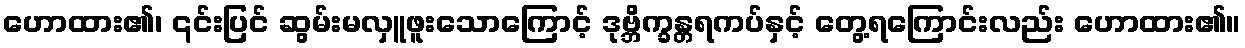
ဟောထား၏၊ ၎င်းပြင် ဆွမ်းမလှူဖူးသောကြောင့် ဒုဗ္ဘိက္ခန္တရကပ်နှင့် တွေ့ရကြောင်းလည်း ဟောထား၏။